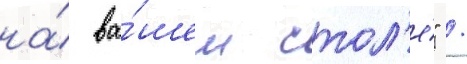
на́ ва́шем стол'е́" /